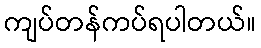
ကျပ်တန်ကပ်ရပါတယ်။